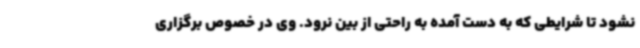
نشود تا شرایطی که به دست آمده به راحتی از بین نرود. وی در خصوص برگزاری